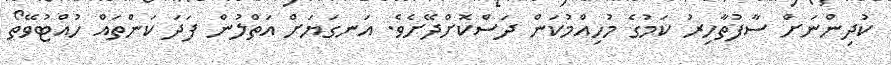
ކުދިންނަށް ސާފުތާހިރު ކަމުގެ މުހިއްމުކަން ދަސްކޮށްދޭށެވެ. އަނގަޔަށް އަތްލުން ފަދަ ކަންތައް ހުއްޓުވޭތޯ